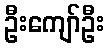
ဦးကျော်ဦး